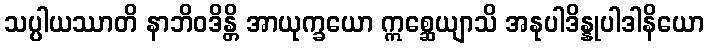
သပ္ပါယဿာတိ နာဘိဝဒိန္တိ အာယုက္ခယော ဣစ္ဆေယျာသိ အနုပါဒိန္နုပါဒါနိယော